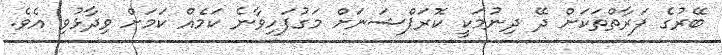
ބޭރުގެ ފަރާތްތަކަށް ދޭ ދިނުމަކީ ކޮރަޕްޝަނަށް މަގުފަހިވާނެ ކަމެއް ކަމަށް ވިދާޅުވި އެވެ.